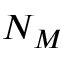
N _ { M }